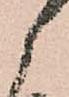
候